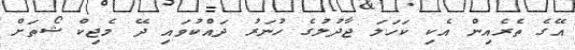
އޭގެ ތެރެއިން އެކި ކަހަލަ ޖާދުލުގެ ހުނަރު ދައްކުވައި ދޭ މެޖިކް ޝޯތަށް